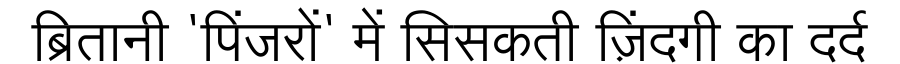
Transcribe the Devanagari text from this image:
ब्रितानी 'पिंजरों' में सिसकती ज़िंदगी का दर्द